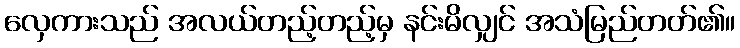
လှေကားသည် အလယ်တည့်တည့်မှ နင်းမိလျှင် အသံမြည်တတ်၏။